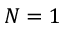
N = 1